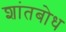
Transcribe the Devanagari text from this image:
शांतबोध